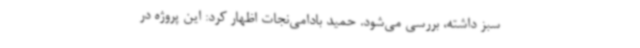
سبز داشته، بررسی می‌شود. حمید بادامی‌نجات اظهار کرد: این پروژه در